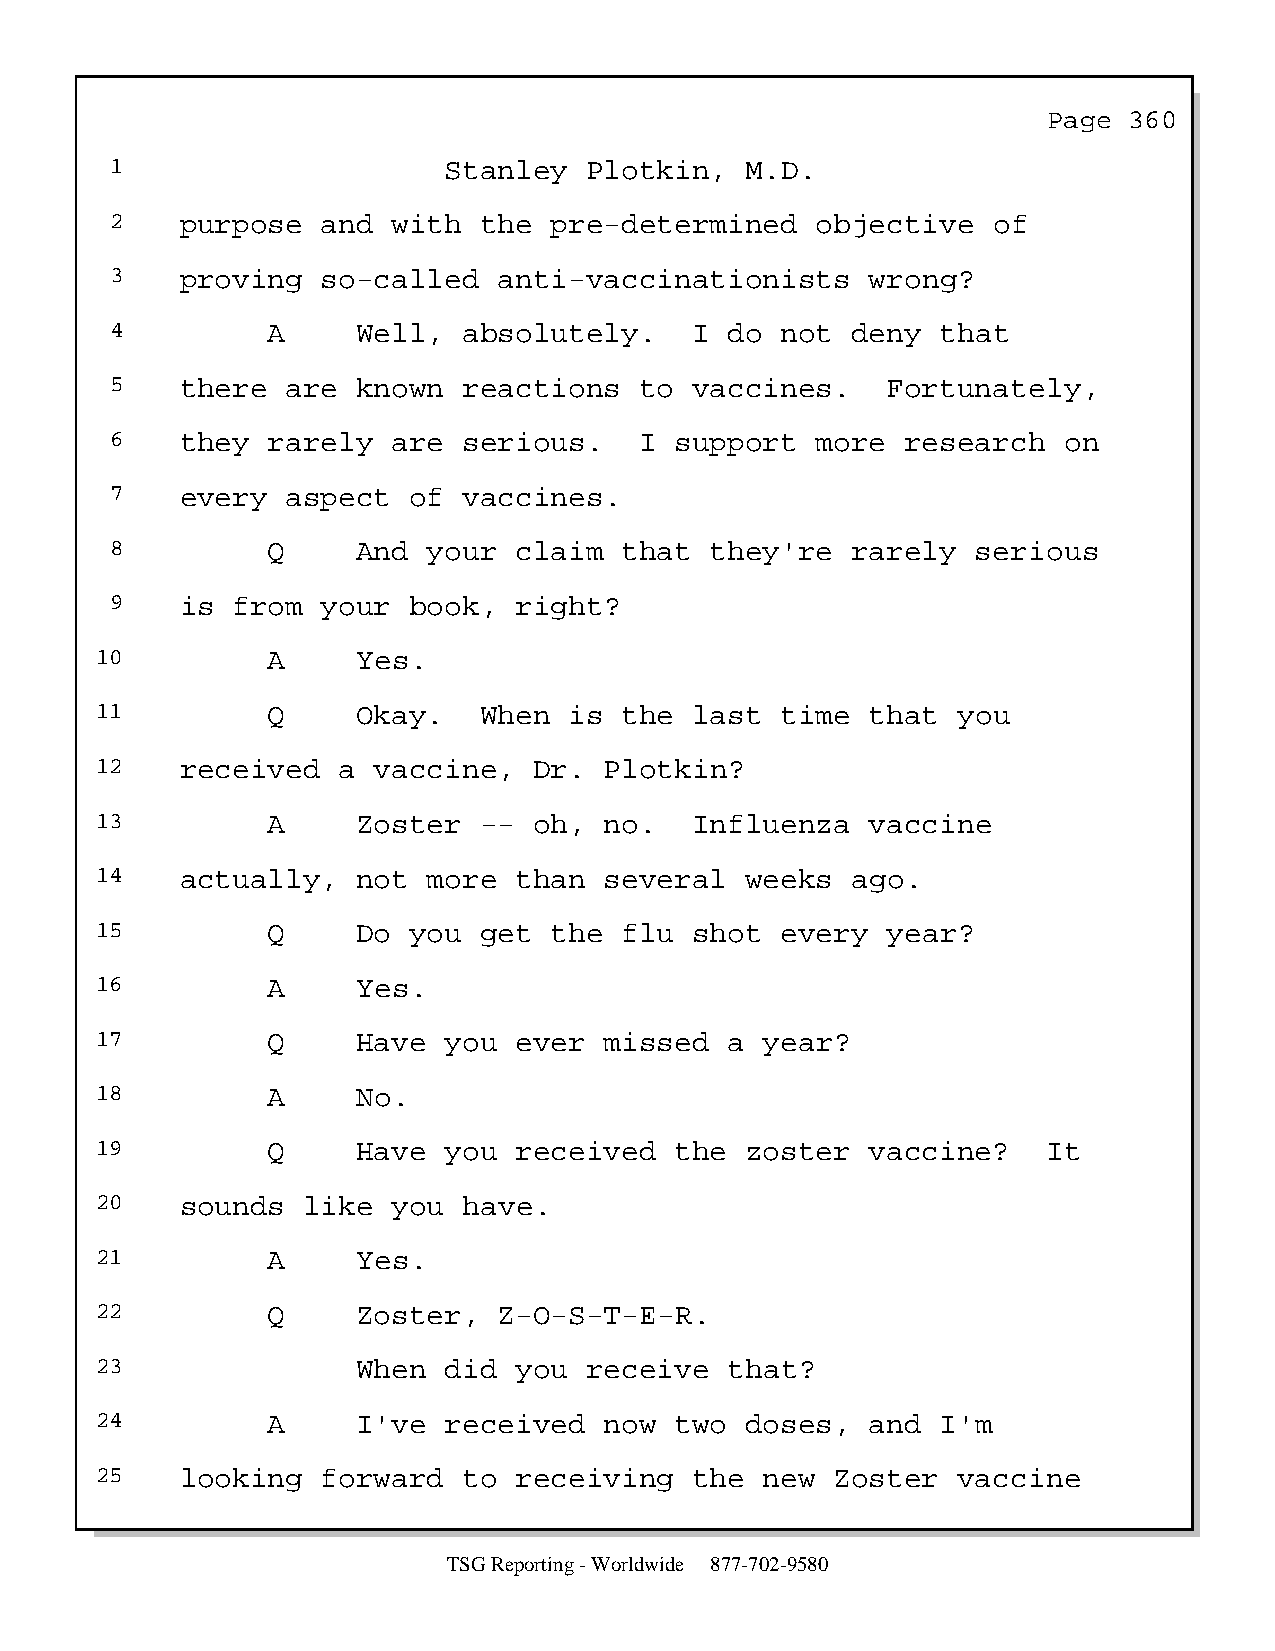
Page  360
 1                     Stanley   Plotkin,  M.D.
 2    purpose  and  with  the pre-determined    objective   of
 3    proving  so-called   anti-vaccinationists     wrong?
 4          A     Well,  absolutely.    I do  not deny  that
 5    there  are  known  reactions  to  vaccines.    Fortunately,
 6    they  rarely  are  serious.   I  support  more  research  on
 7    every  aspect  of  vaccines.
 8          Q     And your  claim  that  they're  rarely   serious
 9    is from  your  book,  right?
 10          A     Yes.
 11          Q     Okay.   When  is the  last  time  that you
 12    received  a  vaccine,  Dr.  Plotkin?
 13          A     Zoster  -- oh,  no.   Influenza   vaccine
 14    actually,   not more  than  several  weeks  ago.
 15          Q     Do you  get the  flu  shot  every  year?
 16          A     Yes.
 17          Q     Have you  ever  missed  a  year?
 18          A     No.
 19          Q     Have you  received   the zoster   vaccine?   It
 20    sounds  like  you  have.
 21          A     Yes.
 22          Q     Zoster,  Z-O-S-T-E-R.
 23                When did  you  receive  that?
 24          A     I've received   now  two doses,   and I'm
 25    looking  forward   to receiving   the  new Zoster  vaccine
 TSG Reporting - Worldwide 877-702-9580